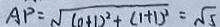
A P = \sqrt { ( 0 + 1 ) ^ { 2 } + ( 1 + 1 ) ^ { 2 } } = \sqrt { 5 }